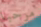
مرحبا